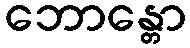
ဘောန္တော